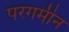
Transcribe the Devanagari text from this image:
परगमीन